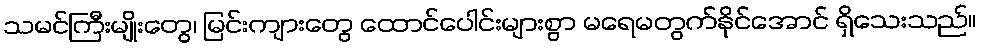
သမင်ကြီးမျိုးတွေ၊ မြင်းကျားတွေ ထောင်ပေါင်းများစွာ မရေမတွက်နိုင်အောင် ရှိသေးသည်။